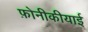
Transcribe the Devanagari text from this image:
फ़ोनीकीयाई